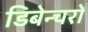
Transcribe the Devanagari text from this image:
डिबेन्‍चरों